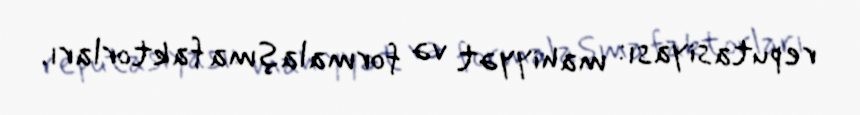
reputasiyası: mahiyyət və formalaşma faktorları.